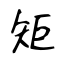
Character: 矩